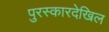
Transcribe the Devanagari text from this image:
पुरस्कारदेखिल